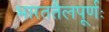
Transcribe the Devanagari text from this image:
भारततैलपूर्णः